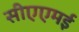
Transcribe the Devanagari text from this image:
सीएएमई